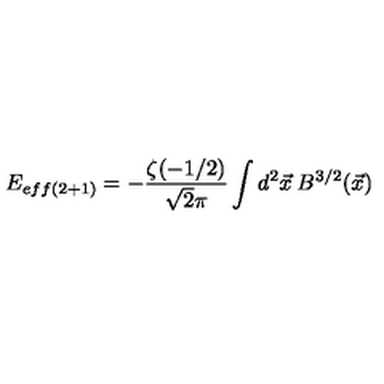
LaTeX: E _ { e f f ( 2 + 1 ) } = - \frac { \zeta ( - 1 / 2 ) } { \sqrt { 2 } \pi } \int d ^ { 2 } \vec { x } \: B ^ { 3 / 2 } ( \vec { x } )